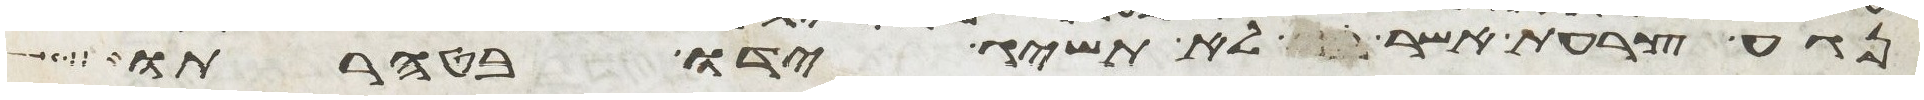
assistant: נגע צרעת אשר לא תשיג ידו בטהרתו